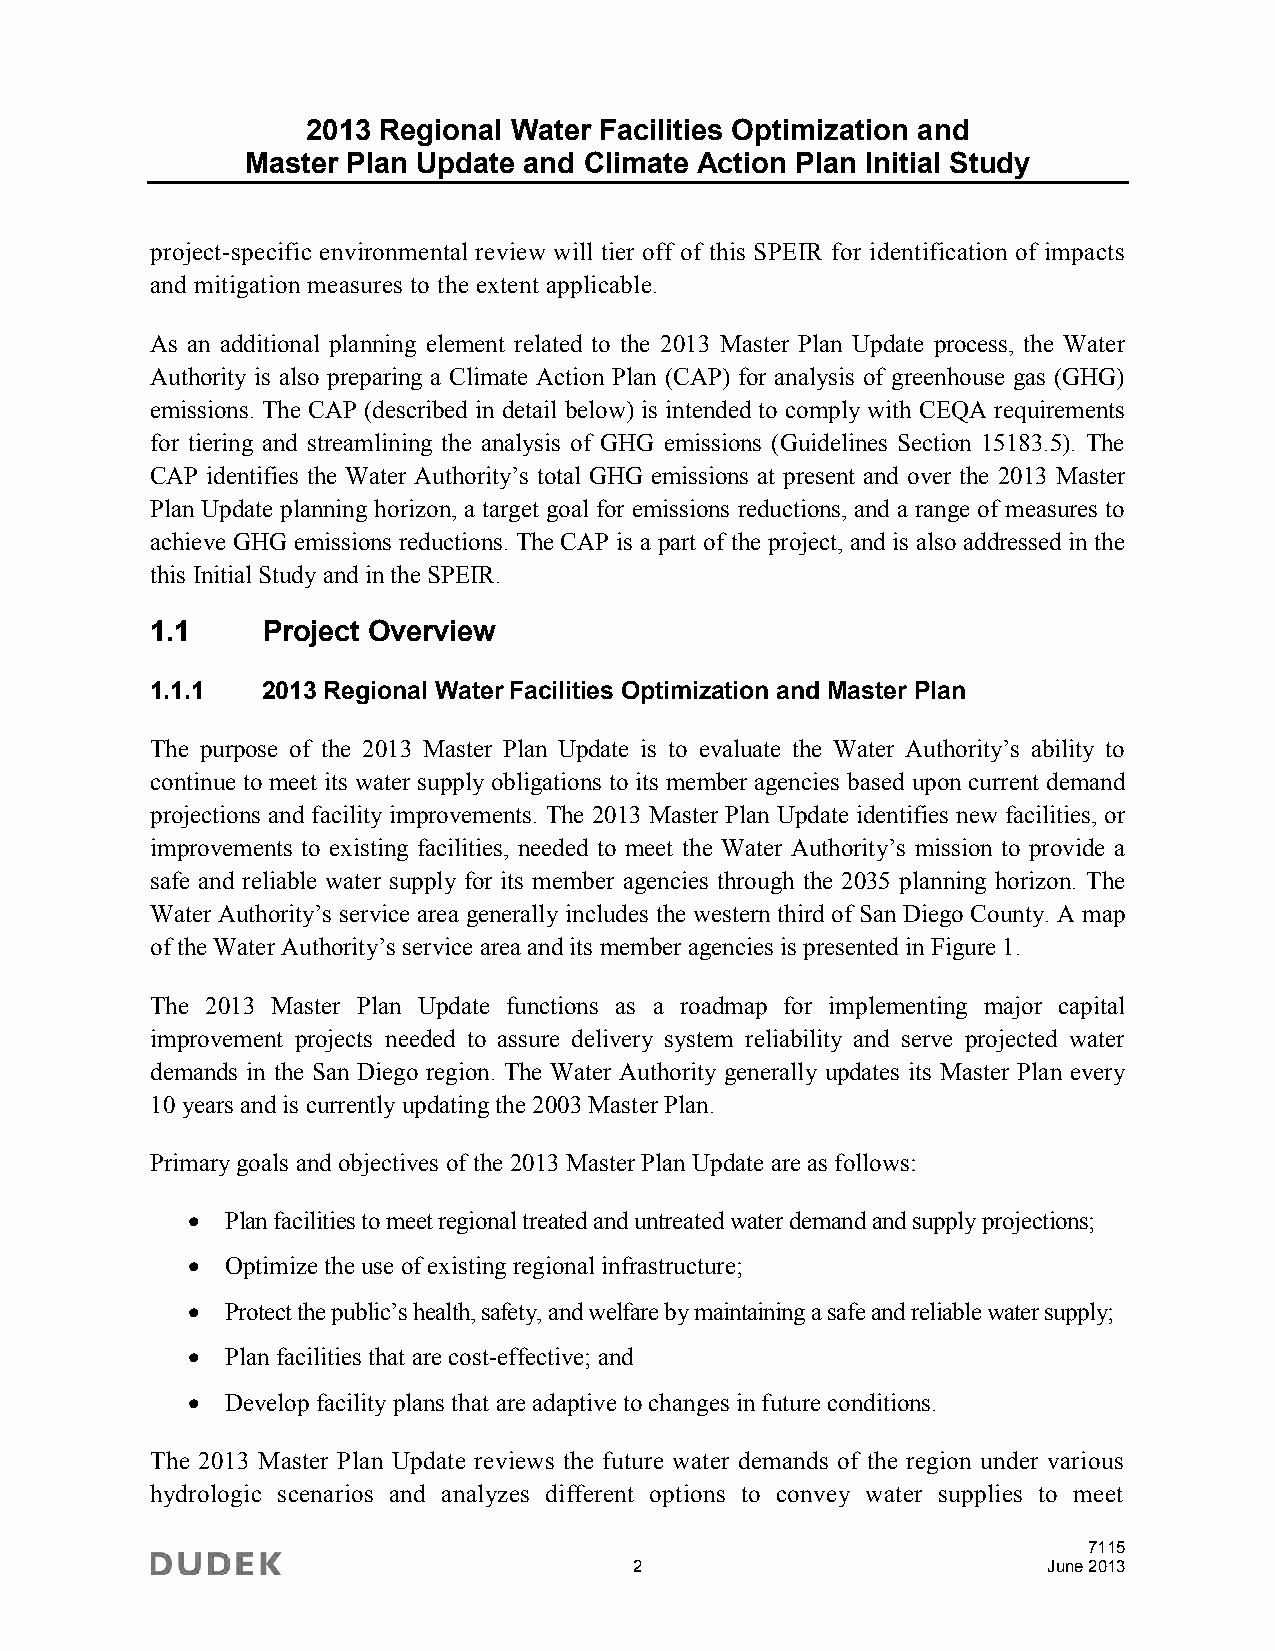
2013 Regional Water Facilities Optimization and
 Master Plan Update and Climate Action Plan Initial Study
 project-specific environmental review will tier off of this SPEIR for identification of impacts
 and mitigation measures to the extent applicable.
 As an additional planning element related to the 2013 Master Plan Update process, the Water
 Authority is also preparing a Climate Action Plan (CAP) for analysis of greenhouse gas (GHG)
 emissions. The CAP (described in detail below) is intended to comply with CEQA requirements
 for tiering and streamlining the analysis of GHG emissions (Guidelines Section 15183.5). The
 CAP identifies the Water Authority’s total GHG emissions at present and over the 2013 Master
 Plan Update planning horizon, a target goal for emissions reductions, and a range of measures to
 achieve GHG emissions reductions. The CAP is a part of the project, and is also addressed in the
 this Initial Study and in the SPEIR.
 1.1    Project Overview
 1.1.1  2013 Regional Water Facilities Optimization and Master Plan
 The purpose of the 2013 Master Plan Update is to evaluate the Water Authority’s ability to
 continue to meet its water supply obligations to its member agencies based upon current demand
 projections and facility improvements. The 2013 Master Plan Update identifies new facilities, or
 improvements to existing facilities, needed to meet the Water Authority’s mission to provide a
 safe and reliable water supply for its member agencies through the 2035 planning horizon. The
 Water Authority’s service area generally includes the western third of San Diego County. A map
 of the Water Authority’s service area and its member agencies is presented in Figure 1.
 The 2013 Master Plan Update functions as a roadmap for implementing major capital
 improvement projects needed to assure delivery system reliability and serve projected water
 demands in the San Diego region. The Water Authority generally updates its Master Plan every
 10 years and is currently updating the 2003 Master Plan.
 Primary goals and objectives of the 2013 Master Plan Update are as follows:
   Plan facilities to meet regional treated and untreated water demand and supply projections;
   Optimize the use of existing regional infrastructure;
   Protect the public’s health, safety, and welfare by maintaining a safe and reliable water supply;
   Plan facilities that are cost-effective; and
   Develop facility plans that are adaptive to changes in future conditions.
 The 2013 Master Plan Update reviews the future water demands of the region under various
 hydrologic scenarios and analyzes different options to convey water supplies to meet
 7115
 2                          June 2013